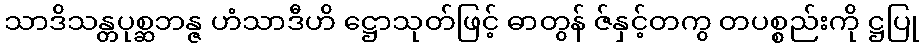
သာဒိသန္တပုစ္ဆဘန္ဇ ဟံသာဒီဟိ ဋ္ဌောသုတ်ဖြင့် ဓာတွန် ဇ်နှင့်တကွ တပစ္စည်းကို ဋ္ဌပြု